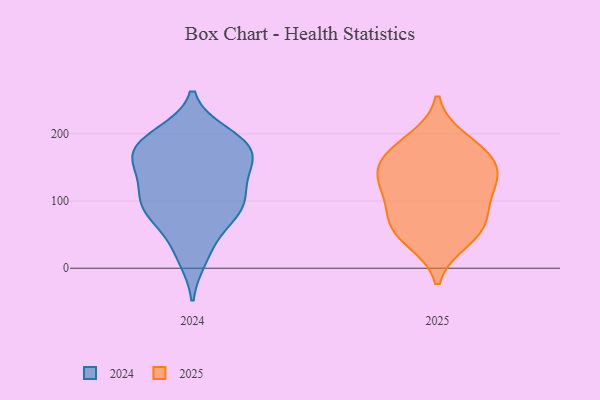
{"axis": {"x": "Gross Profit (USD K)", "y": "Value"}, "legend": ["2024", "2025"], "data": [{"x": "", "y": 56, "type": "2025"}, {"x": "", "y": 124, "type": "2025"}, {"x": "", "y": 129, "type": "2025"}, {"x": "", "y": 114, "type": "2025"}, {"x": "", "y": 78, "type": "2025"}, {"x": "", "y": 164, "type": "2025"}, {"x": "", "y": 190, "type": "2025"}, {"x": "", "y": 42, "type": "2025"}, {"x": "", "y": 152, "type": "2025"}, {"x": "", "y": 168, "type": "2025"}, {"x": "", "y": 66, "type": "2025"}, {"x": "", "y": 154, "type": "2024"}, {"x": "", "y": 183, "type": "2024"}, {"x": "", "y": 161, "type": "2024"}, {"x": "", "y": 16, "type": "2024"}, {"x": "", "y": 193, "type": "2024"}, {"x": "", "y": 88, "type": "2024"}, {"x": "", "y": 68, "type": "2024"}, {"x": "", "y": 86, "type": "2024"}, {"x": "", "y": 28, "type": "2024"}, {"x": "", "y": 177, "type": "2024"}, {"x": "", "y": 124, "type": "2024"}, {"x": "", "y": 178, "type": "2024"}, {"x": "", "y": 103, "type": "2024"}, {"x": "", "y": 87, "type": "2024"}, {"x": "", "y": 189, "type": "2024"}, {"x": "", "y": 145, "type": "2024"}, {"x": "", "y": 90, "type": "2024"}, {"x": "", "y": 157, "type": "2024"}, {"x": "", "y": 114, "type": "2024"}, {"x": "", "y": 199, "type": "2024"}]}